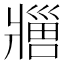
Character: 𬌊